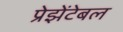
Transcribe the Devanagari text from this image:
प्रेझेंटेबल